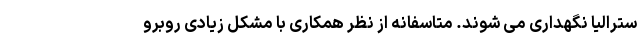
سترالیا نگهداری می شوند. متاسفانه از نظر همکاری با مشکل زیادی روبرو